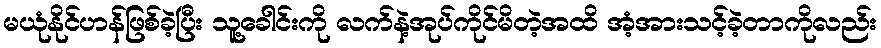
မယုံနိုင်ဟန်ဖြစ်ခဲ့ပြီး သူ့ခေါင်းကို လက်နဲ့အုပ်ကိုင်မိတဲ့အထိ အံ့အားသင့်ခဲ့တာကိုလည်း